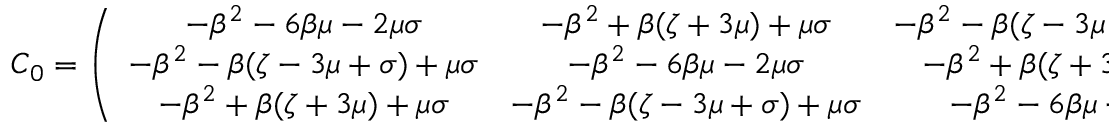
\begin{array} { r } { \boldsymbol C _ { 0 } = \left( \begin{array} { c c c } { - \beta ^ { 2 } - 6 \beta \mu - 2 \mu \sigma } & { - \beta ^ { 2 } + \beta ( \zeta + 3 \mu ) + \mu \sigma } & { - \beta ^ { 2 } - \beta ( \zeta - 3 \mu + \sigma ) + \mu \sigma } \\ { - \beta ^ { 2 } - \beta ( \zeta - 3 \mu + \sigma ) + \mu \sigma } & { - \beta ^ { 2 } - 6 \beta \mu - 2 \mu \sigma } & { - \beta ^ { 2 } + \beta ( \zeta + 3 \mu ) + \mu \sigma } \\ { - \beta ^ { 2 } + \beta ( \zeta + 3 \mu ) + \mu \sigma } & { - \beta ^ { 2 } - \beta ( \zeta - 3 \mu + \sigma ) + \mu \sigma } & { - \beta ^ { 2 } - 6 \beta \mu - 2 \mu \sigma } \end{array} \right) , } \end{array}